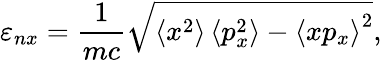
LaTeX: \varepsilon_{nx}=\frac{1}{mc}\sqrt{\left<x^{2}\right>\left<p_{x}^{2}\right>-\left<xp_{x}\right>^{2}},